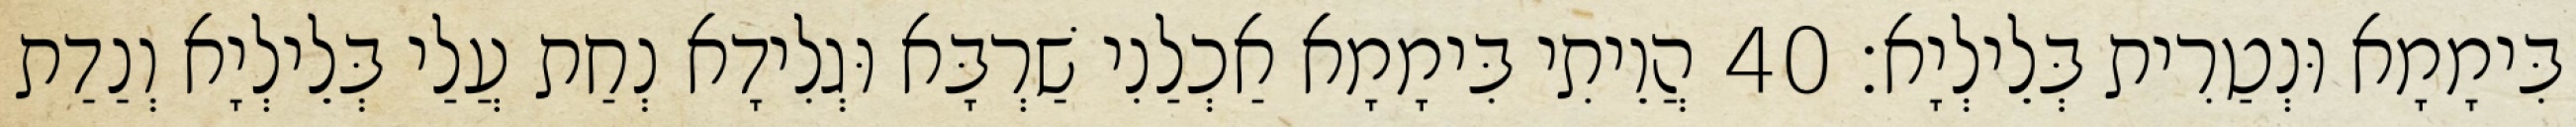
בִּימָמָא וּנְטַרִית בְּלֵילְיָא׃ 40 הֲוֵיתִי בִּימָמָא אַכְלַנִי שַׁרְבָּא וּגְלִידָא נְחַת עֲלַי בְּלֵילְיָא וְנַדַת